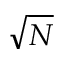
\sqrt { N }